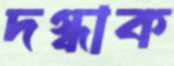
দগ্ধাক